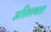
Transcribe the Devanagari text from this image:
अस्तित्वता